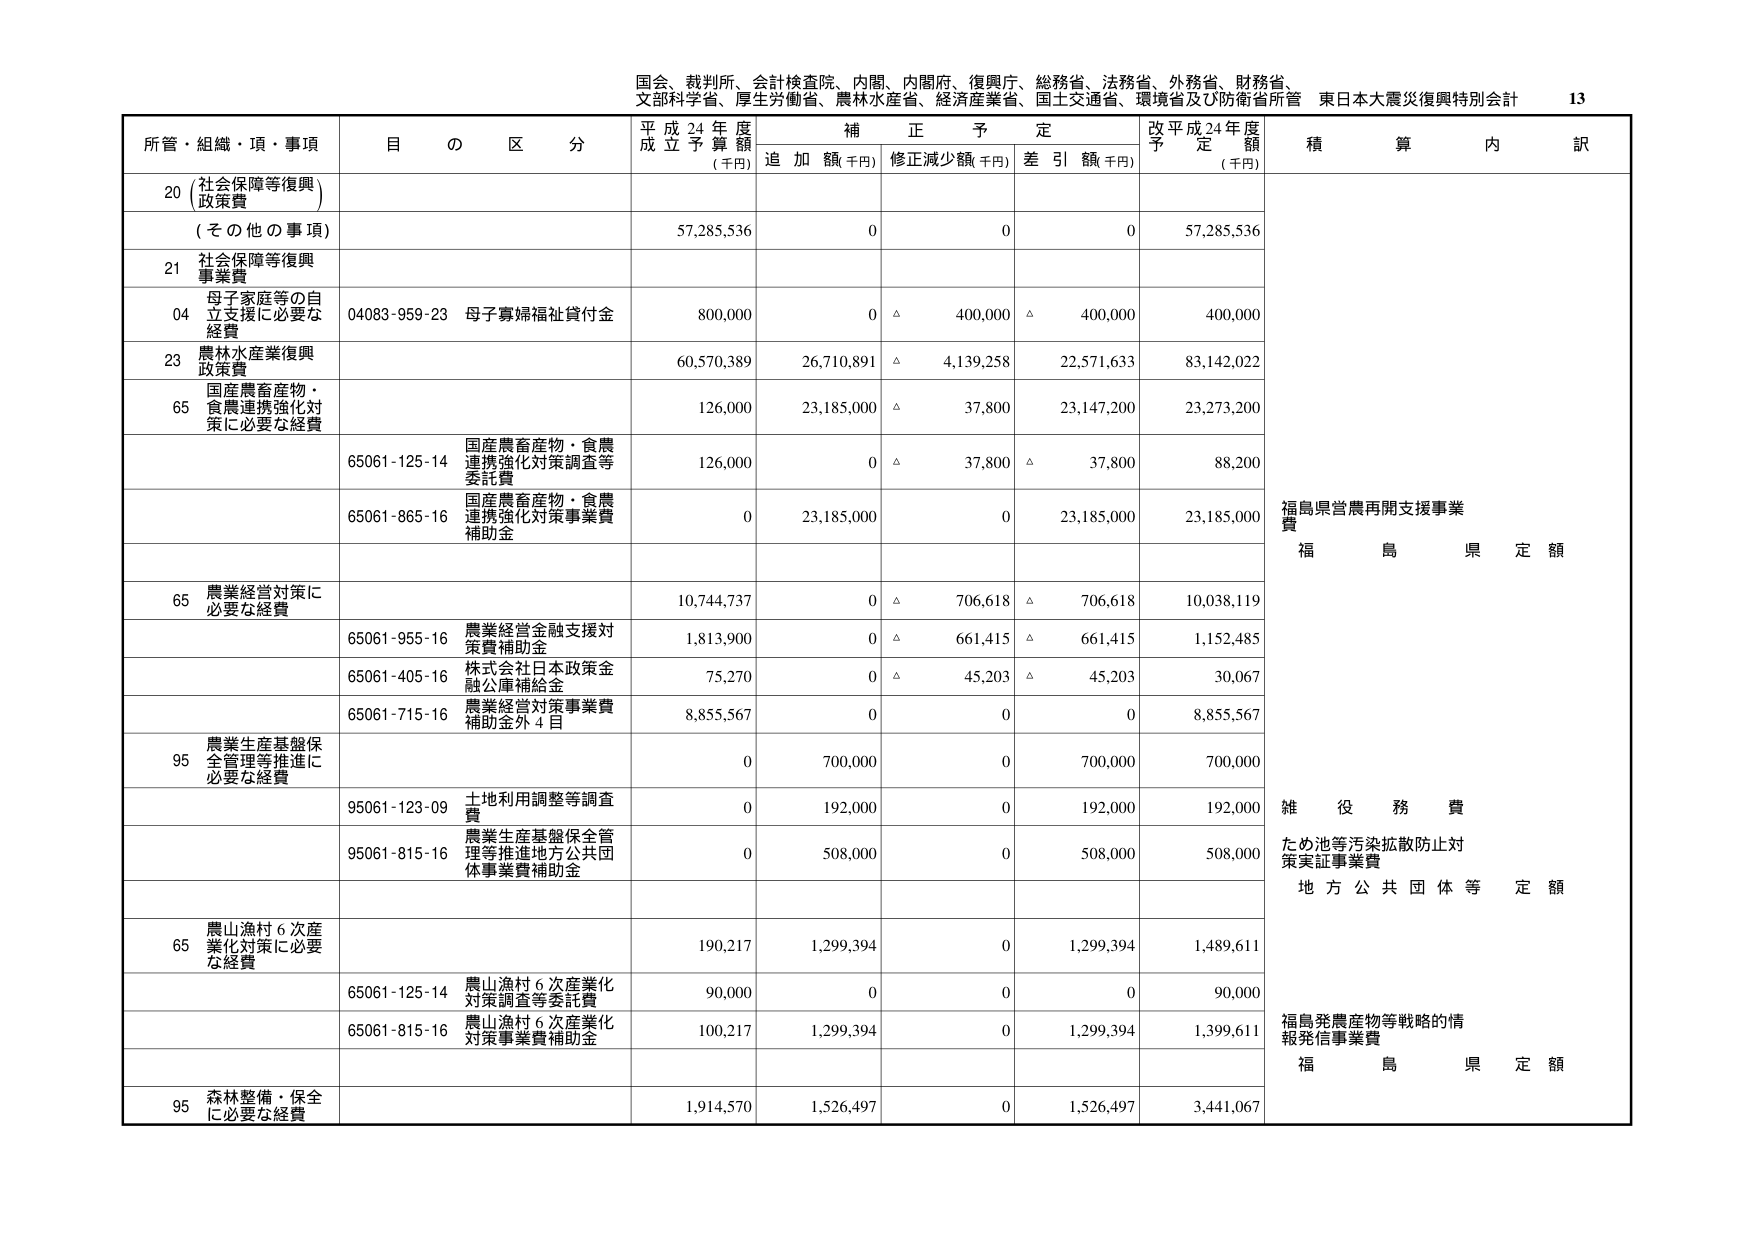
国会、裁判所、会計検査院、内閣、内閣府、復興庁、総務省、法務省、外務省、財務省、
文部科学省、厚生労働省、農林水産省、経済産業省、国土交通省、環境省及び防衛省所管 東日本大震災復興特別会計 13

所管・組織・項・事項 目 の 区 分 平成24年度 成立予算額 (千円) 補正予定 追加額(千円) 修正減少額(千円) 差引額(千円) 改平成24年度 予定額 (千円) 積算内訳

20 (社会保障等復興) 政策費
(その他の事項) 57,285,536 0 0 0 57,285,536

21 社会保障等復興 事業費
04 母子家庭等の自 立支援に必要な 経費 04083-959-23 母子寡婦福祉貸付金 800,000 0 △ 400,000 △ 400,000 400,000

23 農林水産業復興 政策費 60,570,389 26,710,891 △ 4,139,258 22,571,633 83,142,022

65 国産農畜産物・ 食農連携強化対 策に必要な経費 126,000 23,185,000 △ 37,800 23,147,200 23,273,200

65061-125-14 国産農畜産物・食農 連携強化対策調査等 委託費 126,000 0 △ 37,800 △ 37,800 88,200

65061-865-16 国産農畜産物・食農 連携強化対策事業費 補助金 0 23,185,000 0 23,185,000 23,185,000

福島県営農再開支援事業 費 福 島 県 定 額

65 農業経営対策に 必要な経費 10,744,737 0 △ 706,618 △ 706,618 10,038,119

65061-955-16 農業経営金融支援対 策費補助金 1,813,900 0 △ 661,415 △ 661,415 1,152,485

65061-405-16 株式会社日本政策金 融公庫補給金 75,270 0 △ 45,203 △ 45,203 30,067

65061-715-16 農業経営対策事業費 補助金外4目 8,855,567 0 0 0 8,855,567

95 農業生産基盤保 全管理等推進に 必要な経費 0 700,000 0 700,000 700,000

95061-123-09 土地利用調整等調査 費 0 192,000 0 192,000 192,000

95061-815-16 農業生産基盤保全管 理等推進地方公共団 体事業費補助金 0 508,000 0 508,000 508,000

雑 役 務 費 ため池等汚染拡散防止対 策実証事業費 地 方 公 共 団 体 等 定 額

65 農山漁村6次産 業化対策に必要 な経費 190,217 1,299,394 0 1,299,394 1,489,611

65061-125-14 農山漁村6次産業化 対策調査等委託費 90,000 0 0 0 90,000

65061-815-16 農山漁村6次産業化 対策事業費補助金 100,217 1,299,394 0 1,299,394 1,399,611

福島発農産物等戦略的情 報発信事業費 福 島 県 定 額

95 森林整備・保全 に必要な経費 1,914,570 1,526,497 0 1,526,497 3,441,067